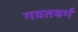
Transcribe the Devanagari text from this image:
गवतवर्ग